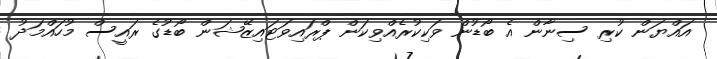
އައްޔަން ކުރި ސިނާން އެ ބޯޑުން ވަކިކުރެއްވިކަން ޕްރައިވަޓައިޒޭޝަން ބޯޑުގެ ރައީސް މުހައްމަދު